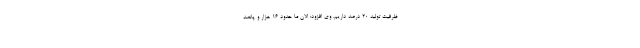
ظرفیت تولید ۲۰ درصد داریم. وی افزود: الان ما حدود ۱۶ هزار و پانصد